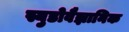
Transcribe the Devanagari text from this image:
स्युडोवैज्ञानिक